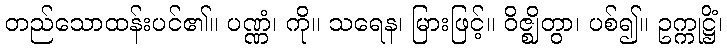
တည်သောထန်းပင်၏။ ပဏ္ဏံ၊ ကို။ သရေန၊ မြားဖြင့်။ ဝိဇ္ဈိတွာ၊ ပစ်၍။ ဥက္ကုဋ္ဌိံ၊